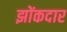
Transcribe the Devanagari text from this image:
झोंकदार